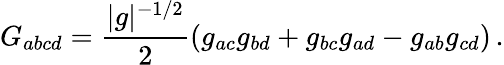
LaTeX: G_{abcd}=\frac{\vert g\vert^{-1/2}}{2}\left(g_{ac}g_{bd}+g_{bc}g_{ad}-g_{ab}g_{cd}\right)\, .